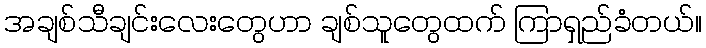
အချစ်သီချင်းလေးတွေဟာ ချစ်သူတွေထက် ကြာရှည်ခံတယ်။